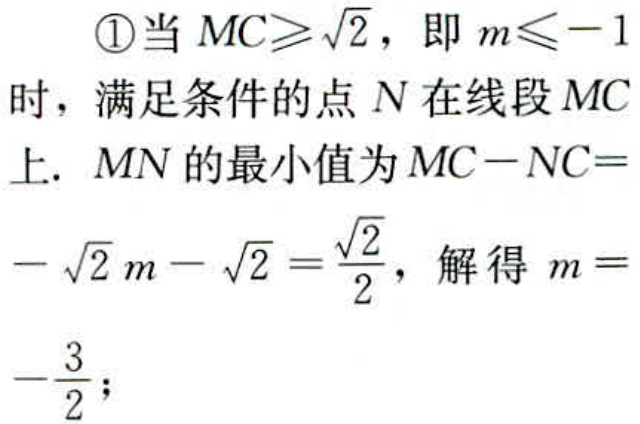
\textcircled{1}当 \(MC\geqslant\sqrt{2}\)，即 \(m\leqslant - 1\)时，满足条件的点 \(N\) 在线段 \(MC\)上. \(MN\) 的最小值为 \(MC - NC=-\sqrt{2}m-\sqrt{2}=\frac{\sqrt{2}}{2}\)，解得 \(m =-\frac{3}{2}\)；